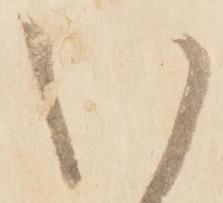
い